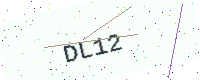
Text: DL12